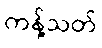
ကန့်သတ်